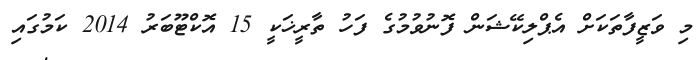
މި ވަޒީފާތަކަށް އެޕްލިކޭޝަން ފޮނުވުމުގެ ފަހު ތާރީޚަކީ 15 އޮކްޓޫބަރު 2014 ކަމުގައި